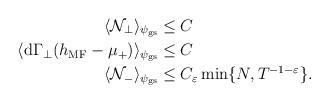
LaTeX: \begin{align*} \langle\mathcal{N}_\perp\rangle_{\psi_\mathrm{gs}} \le\;& C\\\langle \mathrm{d}\Gamma_\perp(h_\mathrm{MF}-\mu_+)\rangle_{\psi_\mathrm{gs}} \le\;&C \\\langle \mathcal{N}_-\rangle_{\psi_\mathrm{gs}} \le\;& C_\varepsilon\min\{ N,T^{-1-\varepsilon}\}.\end{align*}